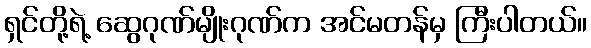
ရှင်တို့ရဲ့ ဆွေဂုဏ်မျိုးဂုဏ်က အင်မတန်မှ ကြီးပါတယ်။